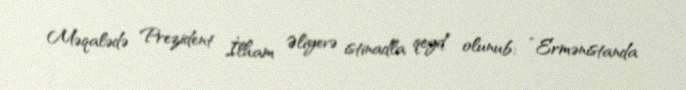
Məqalədə Prezident İlham Əliyevə istinadla qeyd olunub: “Ermənistanda